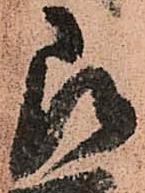
即